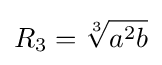
R_{3}={\sqrt[{3}]{a^{2}b}}